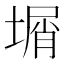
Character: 𡎮